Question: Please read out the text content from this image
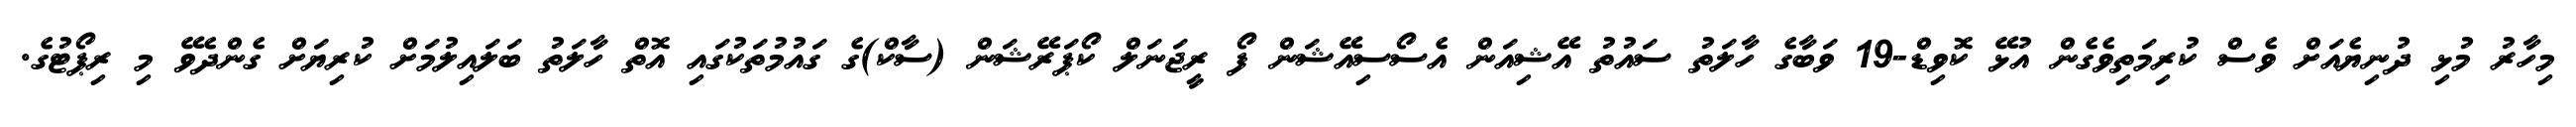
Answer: މިހާރު މުޅި ދުނިޔެއަށް ވެސް ކުރިމަތިވެގެން އުޅޭ ކޮވިޑް-19 ވަބާގެ ހާލަތު ސައުތު އޭޝިއަން އެސޯސިއޭޝަން ފޯ ރީޖަނަލް ކޯޕަރޭޝަން (ސާކް)ގެ ގައުމުތަކުގައި އޮތް ހާލަތު ބަލައިލުމަށް ކުރިޔަށް ގެންދެވޭ މި ރިޕޯޓުގެ.